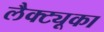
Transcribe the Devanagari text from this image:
लैक्ट्यूका